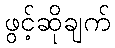
ဖွင့်ဆိုချက်